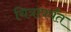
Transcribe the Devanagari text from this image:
चित्रापर्यंत